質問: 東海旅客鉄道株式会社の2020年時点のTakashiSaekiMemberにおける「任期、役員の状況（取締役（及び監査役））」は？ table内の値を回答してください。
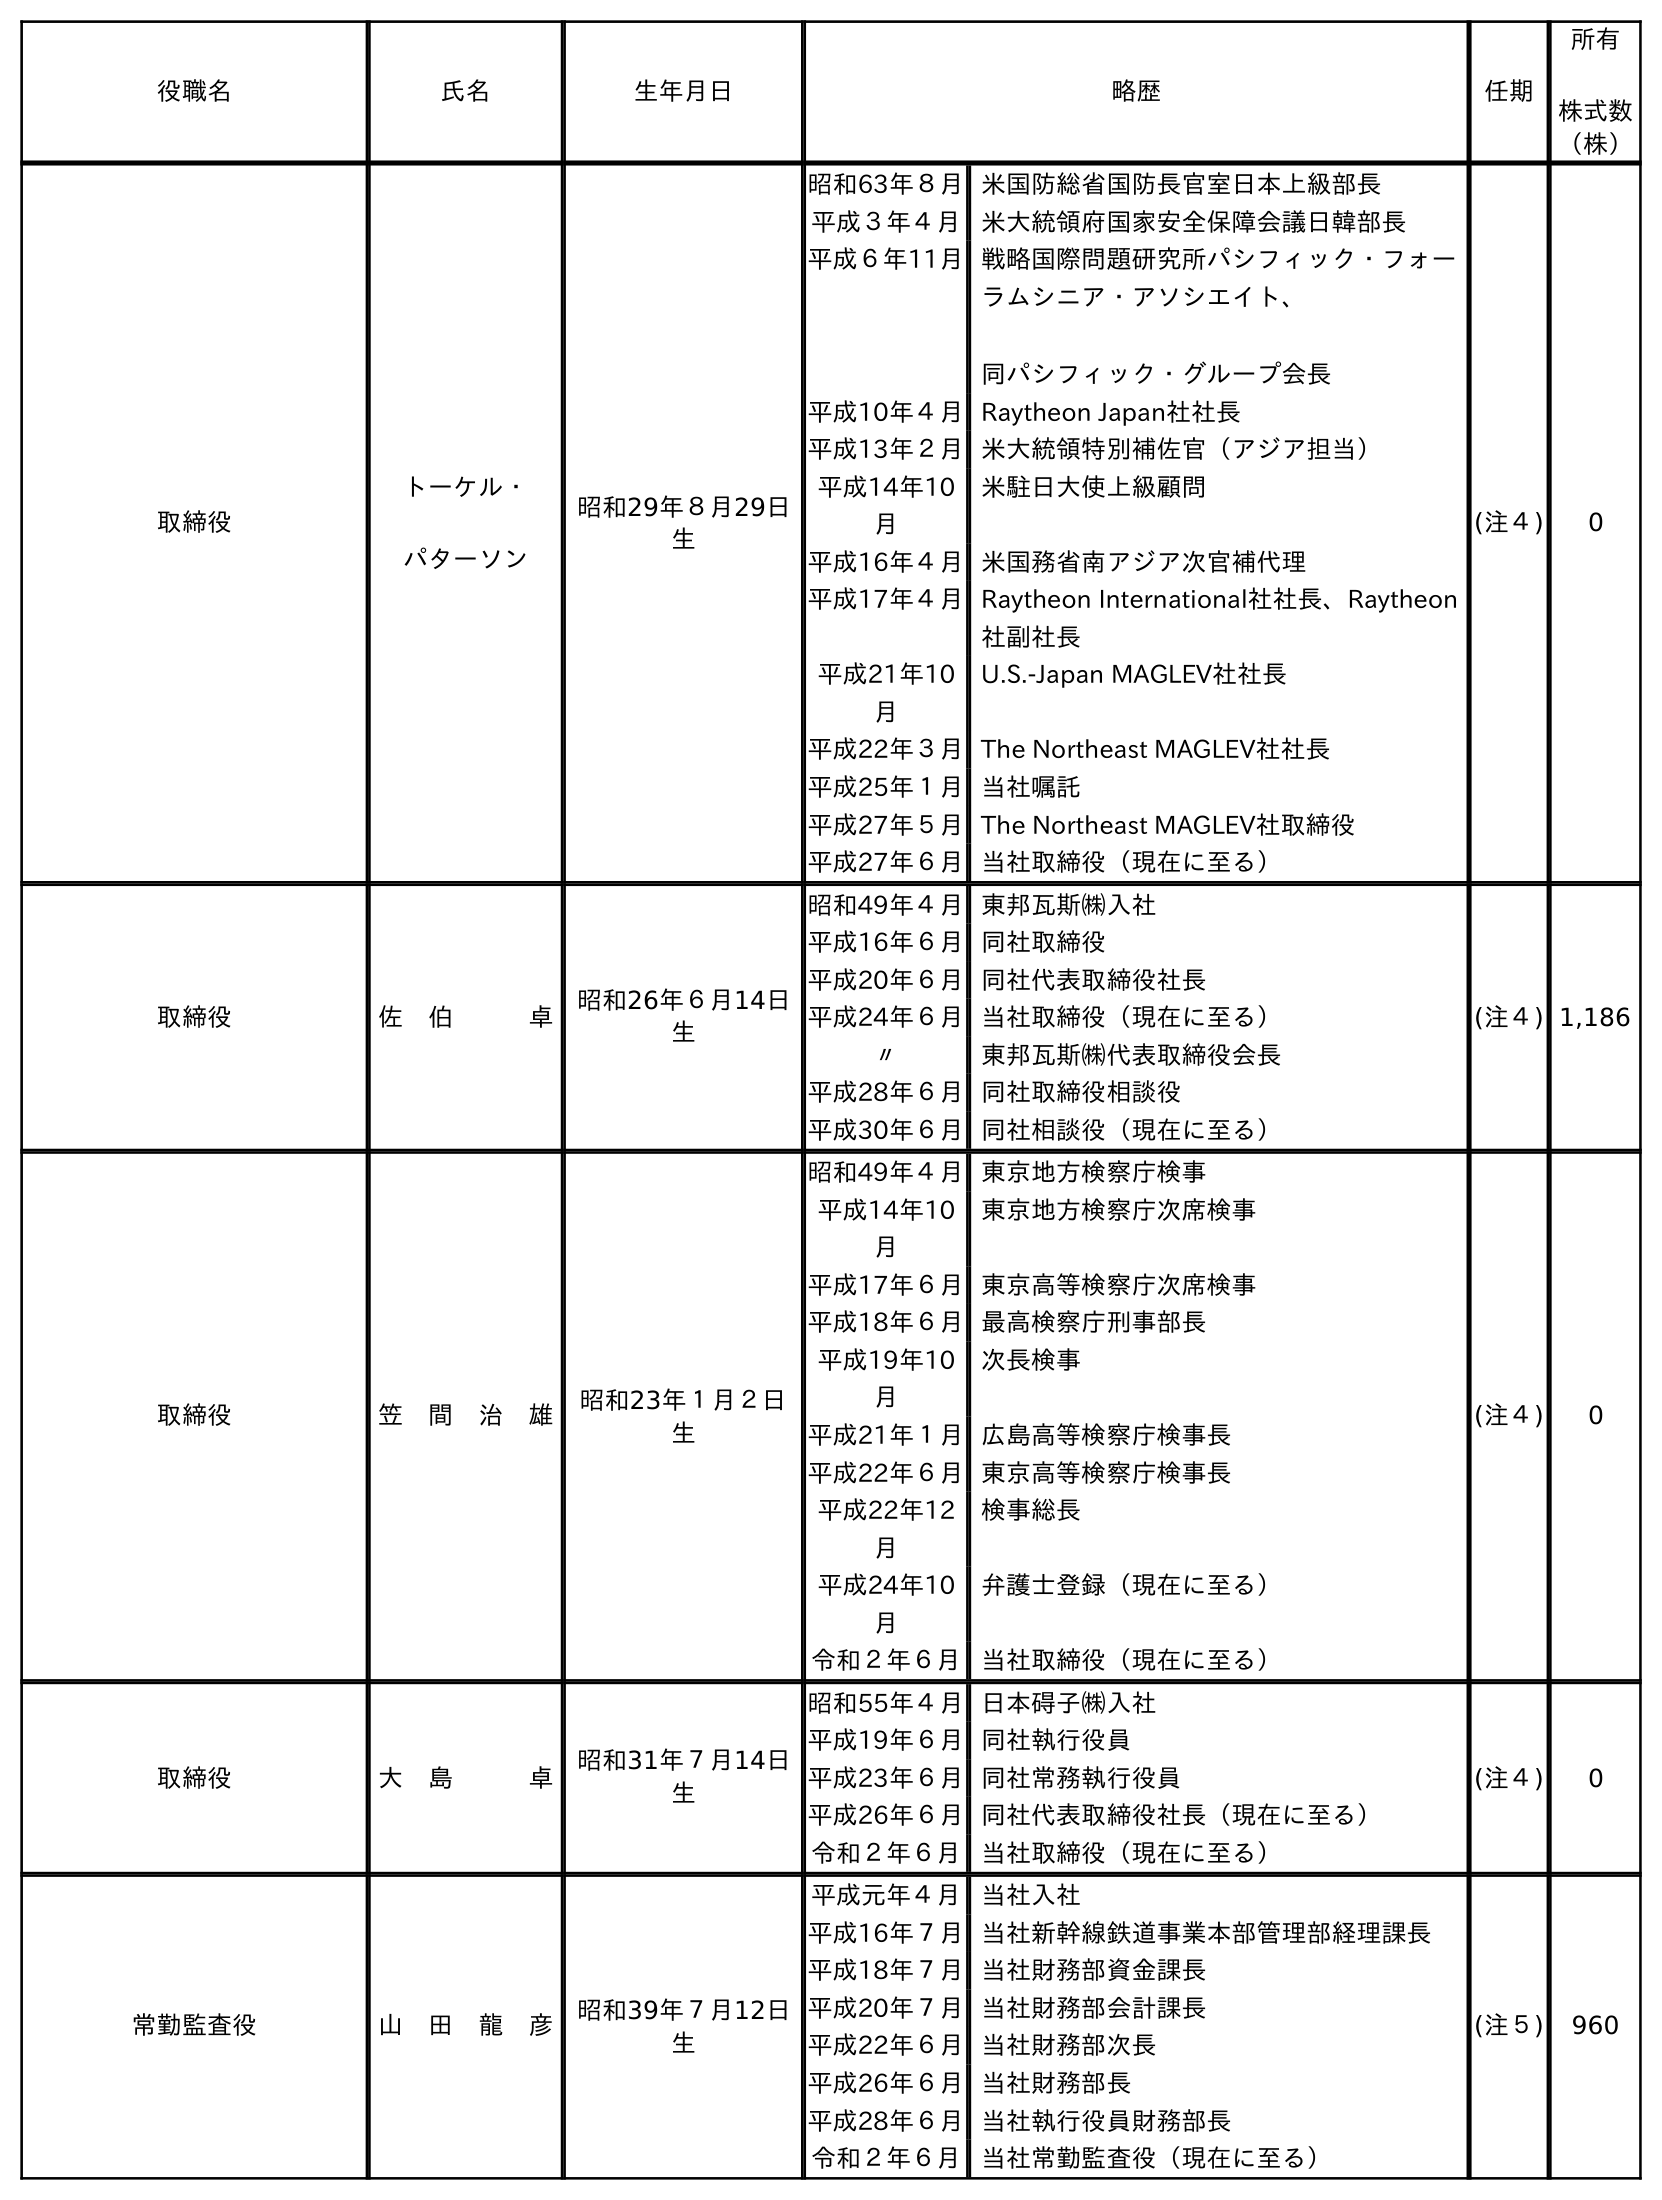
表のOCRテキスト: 役職名 氏名 生年月日 略歴 任期 所有 株式数 （株） 取締役 トーケル・ パターソン 昭和29年８月29日 生 昭和63年８月米国防総省国防長官室日本上級部長 平成３年４月 米大統領府国家安全保障会議日韓部長 平成６年11月戦略国際問題研究所パシフィック・フォー ラムシニア・アソシエイト、 同パシフィック・グループ会長 平成10年４月Raytheon Japan社社長 平成13年２月米大統領特別補佐官（アジア担当） 平成14年10 月 米駐日大使上級顧問 平成16年４月米国務省南アジア次官補代理 平成17年４月Raytheon International社社長、Raytheon 社副社長 平成21年10 月 U.S.-Japan MAGLEV社社長 平成22年３月The Northeast MAGLEV社社長 平成25年１月当社嘱託 平成27年５月The Northeast MAGLEV社取締役 平成27年６月当社取締役（現在に至る） (注４) 0 取締役 佐 伯   卓 昭和26年６月14日 生 昭和49年４月東邦瓦斯㈱入社 平成16年６月同社取締役 平成20年６月同社代表取締役社長 平成24年６月当社取締役（現在に至る） 〃 東邦瓦斯㈱代表取締役会長 平成28年６月同社取締役相談役 平成30年６月同社相談役（現在に至る） (注４) 1,186 取締役 笠 間 治 雄 昭和23年１月２日 生 昭和49年４月東京地方検察庁検事 平成14年10 月 東京地方検察庁次席検事 平成17年６月東京高等検察庁次席検事 平成18年６月最高検察庁刑事部長 平成19年10 月 次長検事 平成21年１月広島高等検察庁検事長 平成22年６月東京高等検察庁検事長 平成22年12 月 検事総長 平成24年10 月 弁護士登録（現在に至る） 令和２年６月 当社取締役（現在に至る） (注４) 0 取締役 大 島   卓 昭和31年７月14日 生 昭和55年４月日本碍子㈱入社 平成19年６月同社執行役員 平成23年６月同社常務執行役員 平成26年６月同社代表取締役社長（現在に至る） 令和２年６月 当社取締役（現在に至る） (注４) 0 常勤監査役 山 田 龍 彦 昭和39年７月12日 生 平成元年４月 当社入社 平成16年７月当社新幹線鉄道事業本部管理部経理課長 平成18年７月当社財務部資金課長 平成20年７月当社財務部会計課長 平成22年６月当社財務部次長 平成26年６月当社財務部長 平成28年６月当社執行役員財務部長 令和２年６月 当社常勤監査役（現在に至る） (注５) 960
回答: (注４)